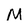
Character: M